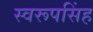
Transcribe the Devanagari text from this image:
स्वरूपसिंह